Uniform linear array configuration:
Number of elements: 8
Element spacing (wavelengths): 0.25
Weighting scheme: uniform
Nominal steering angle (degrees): -60
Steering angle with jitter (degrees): -61.353
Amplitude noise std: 0.05
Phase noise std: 0.05

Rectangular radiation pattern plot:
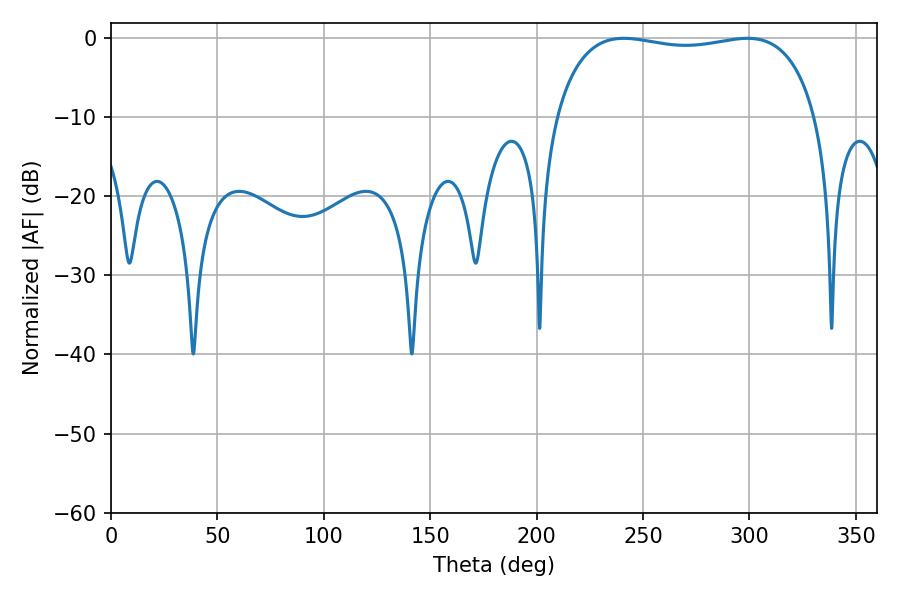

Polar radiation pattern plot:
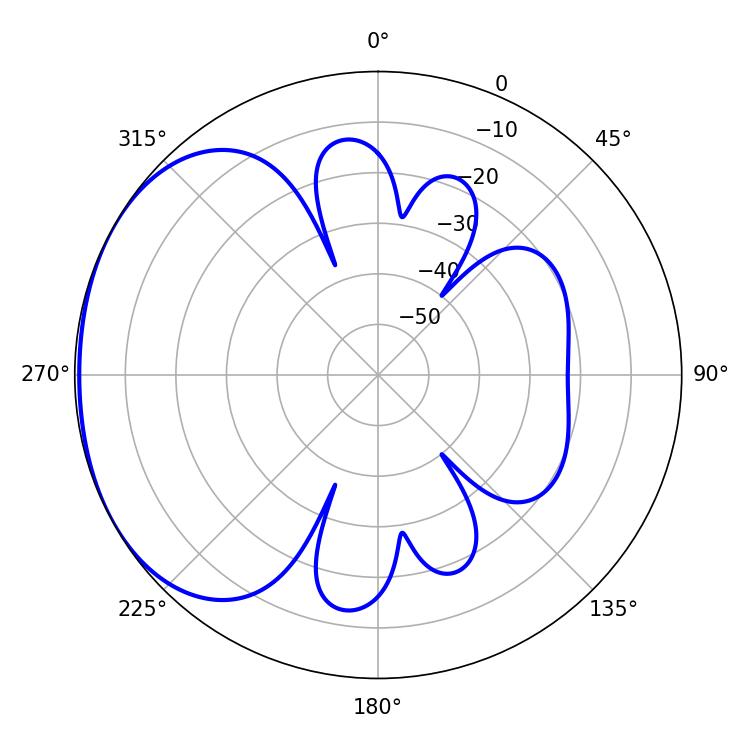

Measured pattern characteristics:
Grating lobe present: FALSE
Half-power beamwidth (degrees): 99
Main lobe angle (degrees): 241.02